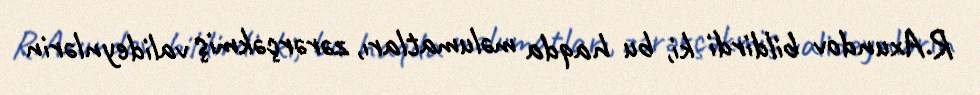
R.Axundov bildirdi ki, bu haqda məlumatları, zərərçəkmiş valideynlərin